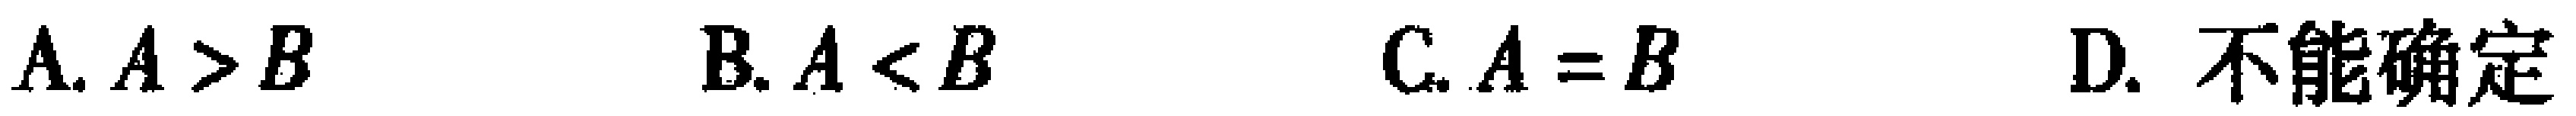
A. \(A > B\)  B. \(A < B\)  C. \(A = B\)  D. 不能确定